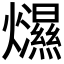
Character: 𤒴